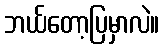
ဘယ်တော့ပြမှာလဲ။